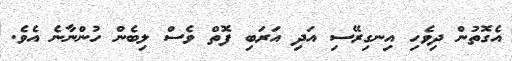
އެގޮތުން ދިވެހި އިނގިރޭސި އަދި އަރަބި ފޮތް ވެސް ލިބެން ހުންނާނެ އެވެ.